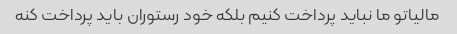
مالیاتو ما نباید پرداخت کنیم بلکه خود رستوران باید پرداخت کنه